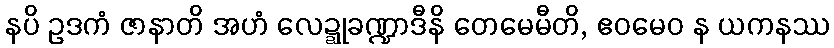
နပိ ဥဒကံ ဇာနာတိ အဟံ လေဍ္ဍုခဏ္ဍာဒီနိ တေမေမီတိ, ဧဝမေဝ န ယကနဿ